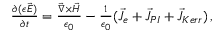
\begin{array} { r l r } { \lefteqn { } } & { { } } & { \frac { \partial { ( \epsilon \vec { E } ) } } { \partial { t } } = \frac { \vec { \nabla } \times \vec { H } } { \epsilon _ { 0 } } - \frac { 1 } { \epsilon _ { 0 } } ( \vec { J } _ { e } + \vec { J } _ { P I } + \vec { J } _ { K e r r } ) \, , } \end{array}